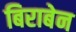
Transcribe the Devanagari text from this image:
बिराबेन